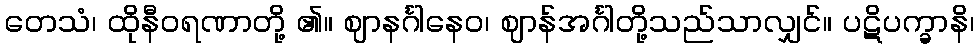
တေသံ၊ ထိုနီဝရဏာတို့ ၏။ ဈာနင်္ဂါနေဝ၊ ဈာန်အင်္ဂါတို့သည်သာလျှင်။ ပဋိပက္ခာနိ၊